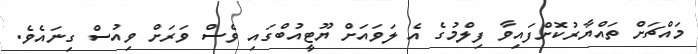
މައްޗަށް ތައްޔާރުކޮށްފައިވާ ފިލްމުގެ އެ ލަވައަށް ޔޫޓީއުބްގައި ވެސް ވަރަށް ވިއުސް ގިނައެވެ.